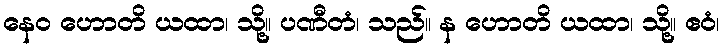
နေဝ ဟောတိ ယထာ၊ သို့။ ပဏီတံ၊ သည်။ န ဟောတိ ယထာ၊ သို့။ ဧဝံ၊